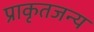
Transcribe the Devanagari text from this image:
प्राकृतजन्य